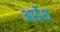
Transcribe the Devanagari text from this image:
आर्डेश